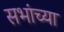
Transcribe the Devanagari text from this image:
सभांच्या